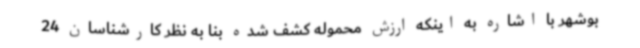
بوشهر با اشاره به اینکه ارزش محموله کشف شده بنا به نظر کارشناسان 24